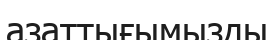
азаттығымызды